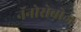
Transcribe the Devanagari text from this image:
नॅनोरोबोज